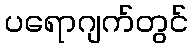
ပရောဂျက်တွင်